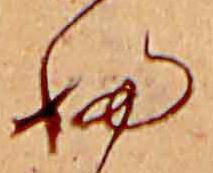
ふ